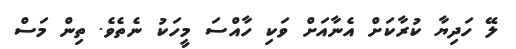
ލޭ ހަދިޔާ ކުރާކަށް އެނާއަށް ވަކި ހާއްސަ މީހަކު ނެތެވެ. ތިން މަސް